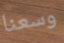
وسعنا